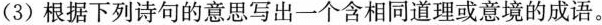
(3) 根据下列诗句的意思写出一个含相同道理或意境的成语。